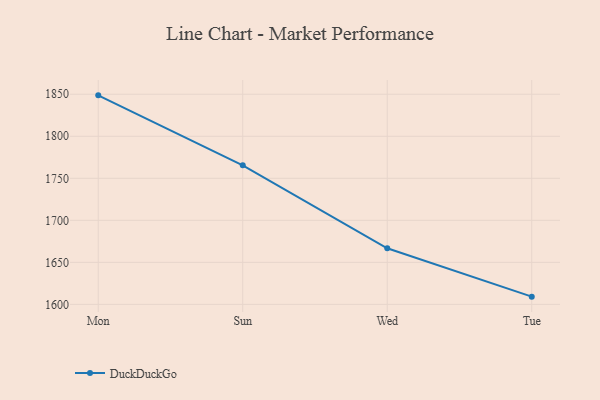
{"axis": {"x": "Day", "y": "Inventory Turnover"}, "legend": ["DuckDuckGo"], "data": [{"x": "Mon", "y": 1848.7, "type": "DuckDuckGo"}, {"x": "Sun", "y": 1765.5, "type": "DuckDuckGo"}, {"x": "Wed", "y": 1666.7, "type": "DuckDuckGo"}, {"x": "Tue", "y": 1609.2, "type": "DuckDuckGo"}]}